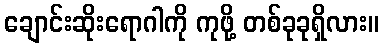
ချောင်းဆိုးရောဂါကို ကုဖို့ တစ်ခုခုရှိလား။